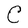
Character: C